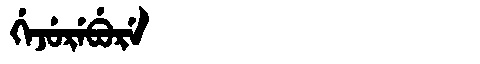
Manchu: ᡤᡝᠵᡠᡵᡝᠪᡠᡵᡝ
Romanization: GEJUREBURE